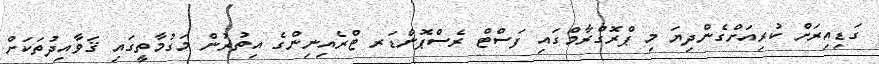
ގަޑިއިރަށް ކުރިއަށްގެންދިޔަ މި ޕްރޮގްރާމްގައި ފަސްޓް ރެސްޕޮންޑަރ ޓްރެއިނިންގެ އިތުރުން މަގުމާތީގައި ޤަވާއިދުތަކަށް